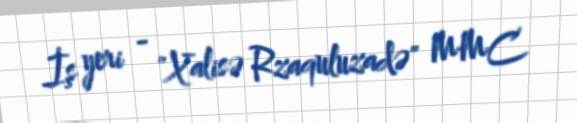
İş yeri - "Xalisə Rzaquluzadə" MMC